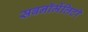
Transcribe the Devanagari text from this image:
सबनॉर्मेलिटी